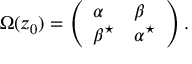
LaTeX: \Omega ( z _ { 0 } ) = \left( \begin{array} { l l } { { \alpha } } & { { \beta } } \\ { { \beta ^ { \star } } } & { { \alpha ^ { \star } } } \end{array} \right) .